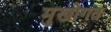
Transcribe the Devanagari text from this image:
मुखोगत